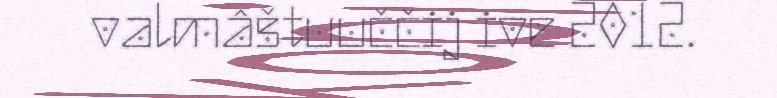
valmâštuuččij ive 2012.